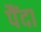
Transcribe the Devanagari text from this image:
पैंदा